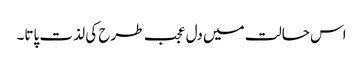
اس حالت میں دل عجب طرح کی لذت پاتا۔